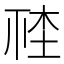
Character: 𣒮